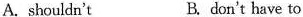
A.shouldn't B.don't have to